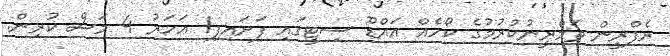
ރެފްރީން ތަމްރީނުކުރުމުގެ ކޯހެއް އައްޑޫ ސިޓީގައި ފަށައިފި1 އަހަރު 4 މަސް ކުރިން.